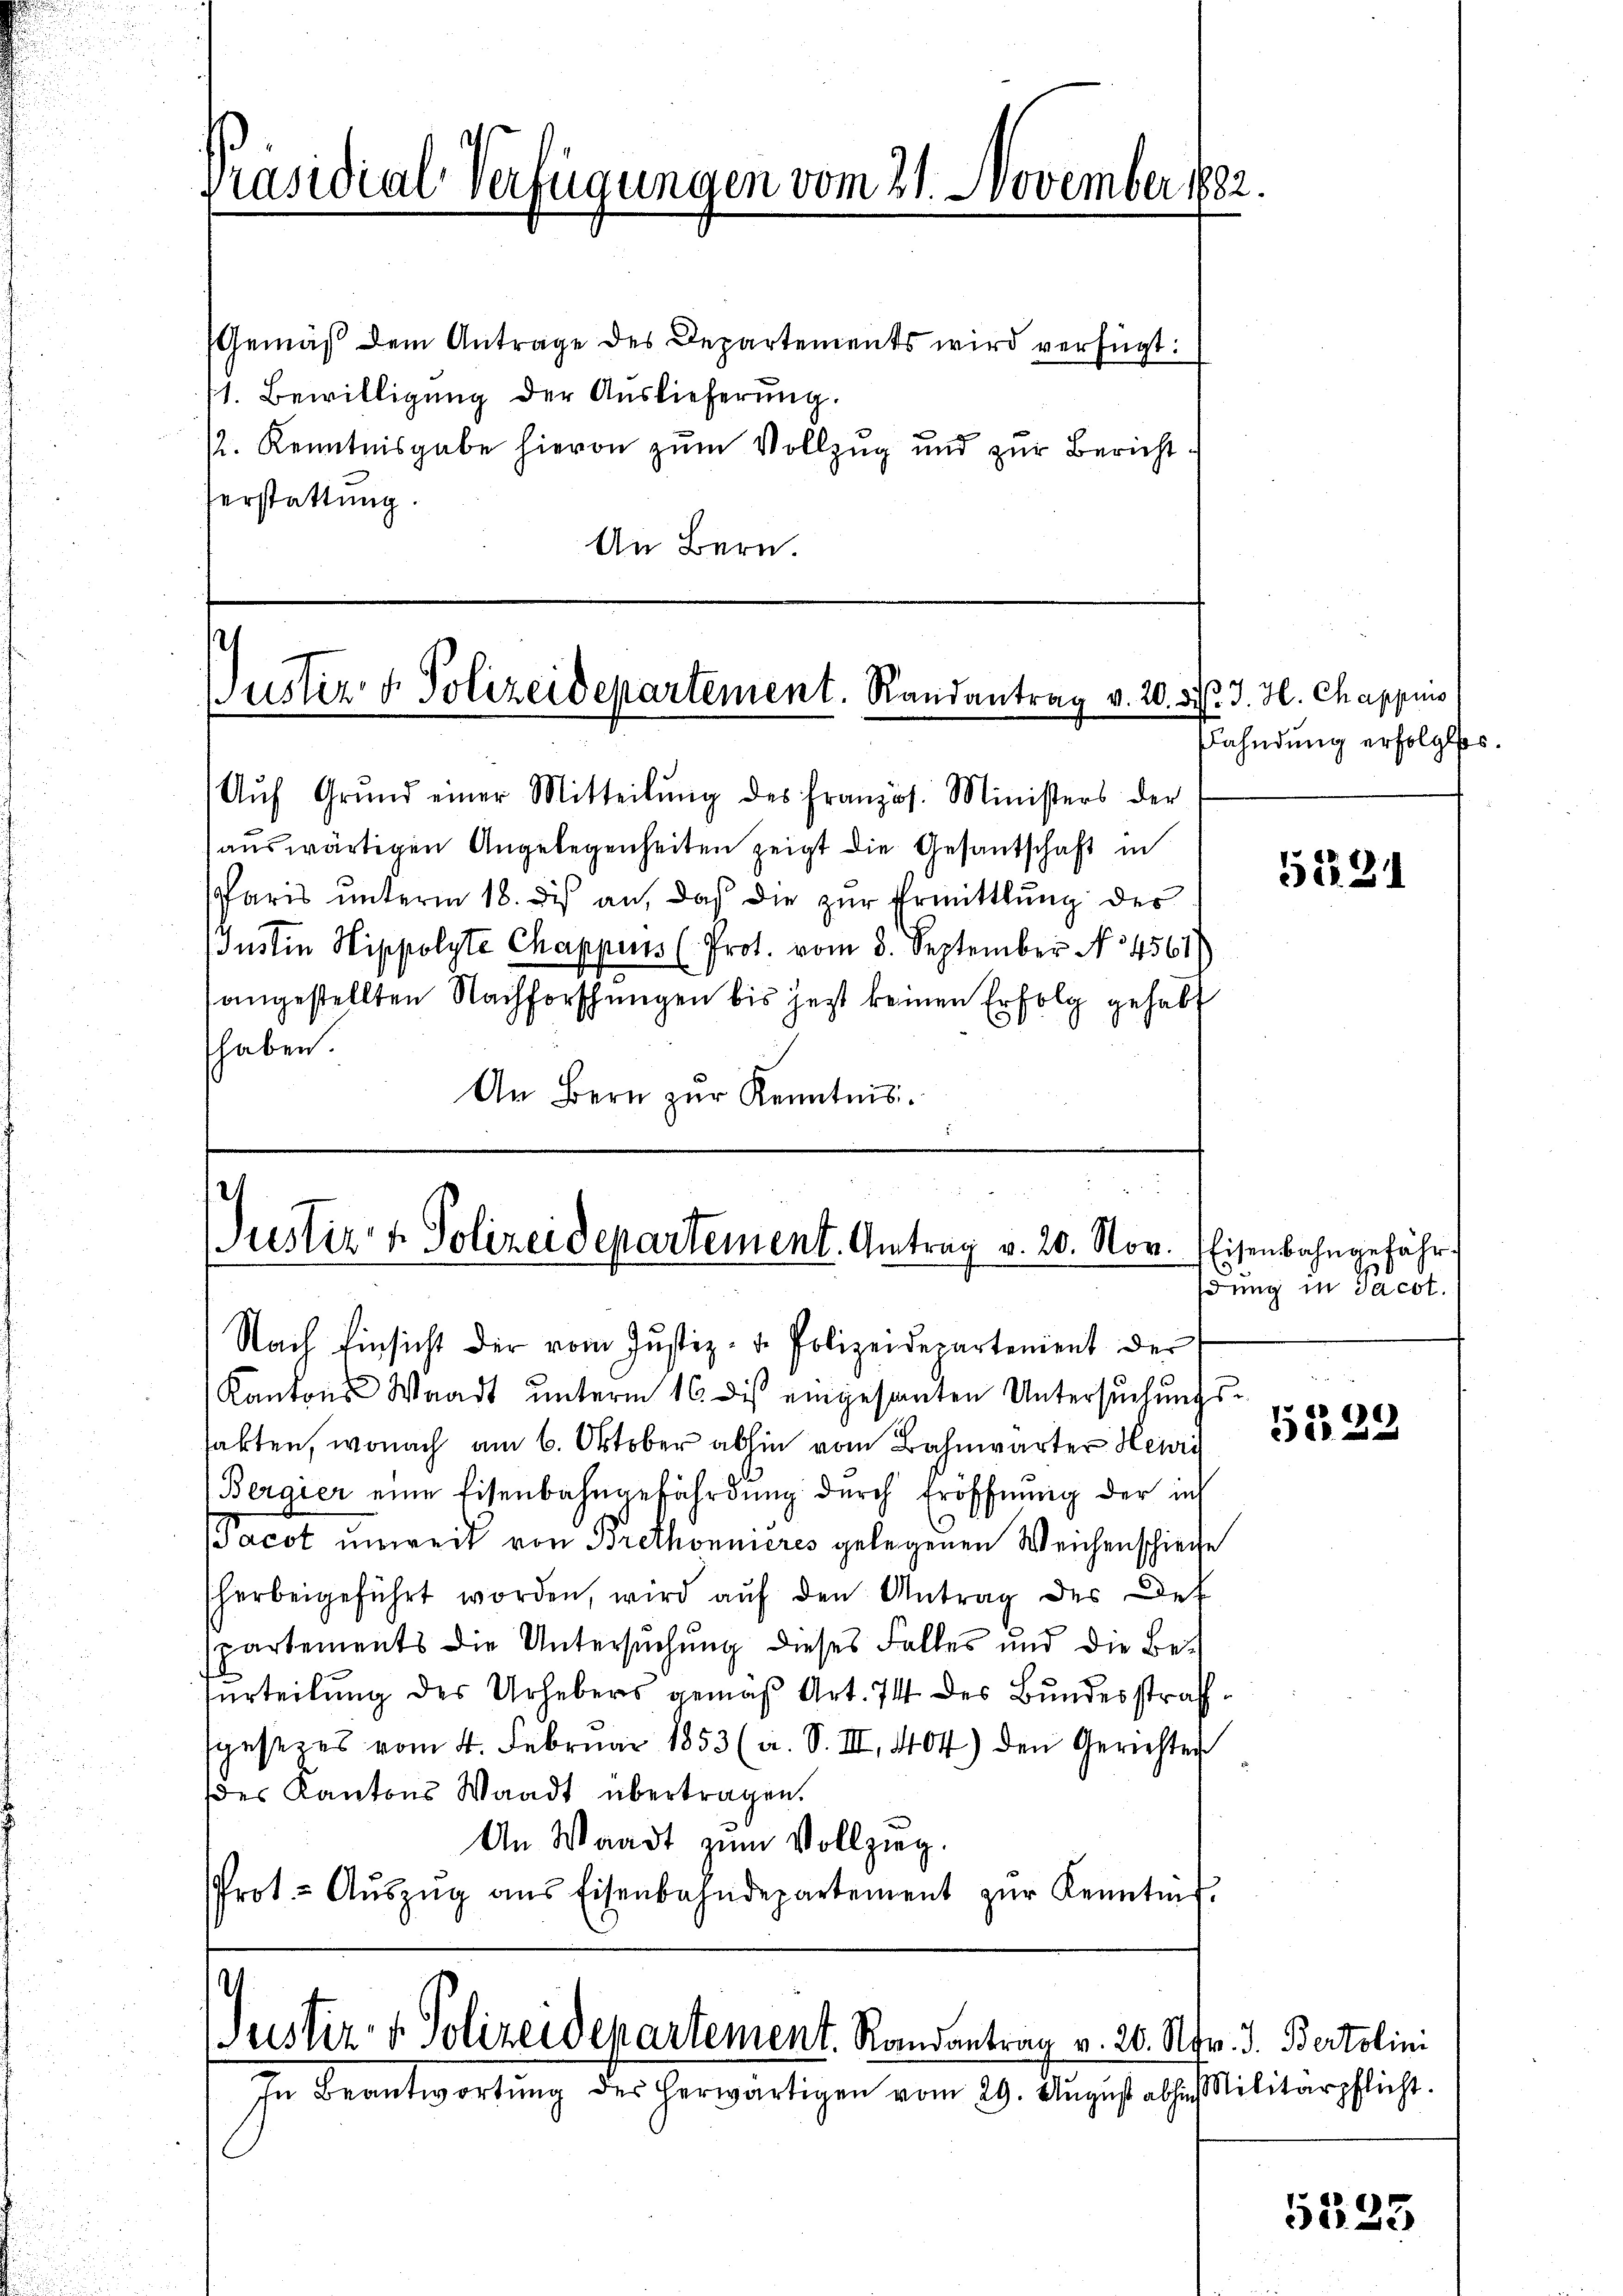
Präsidial-Verfügungen vom 21. November 1882.

Gemäß dem Antrage des Departements wird verfügt:
11. Bewilligung der Auslieferung.
/. Kenntnisgabe hievon zum Vollzug und zur Bericht
Verstattung
An Bern.

Justiz & Polizeidepartement. Randantrag v. 20. d. J. H. Chappiis

Aŭf Grŭnd einer Mitteilŭng des französ. Ministers der
auswärtigen Angelegenheiten zeigt die Gesantschaft in
Paris unterm 18. des an, daß die zur Ermittlung des
Justin Hippolyte Chappens (Prot. vom 3. September No 4561)
angestellten Nachforschungen bis jetzt keinen Erfolg gehabt
shaben.
An Bern zŭr Kenntnis.

s

2
Justiz & Polizeidepartement. Antrag v. 20. Nov. Eisenbahngefähr

Nach Einsicht der vom Justiz- u. Polizeidepartement der
Kantons Waadt unterm 16. dis eingesanten Untersuchungssakten, wonach am 6. Oktober abhin vom Bahnwärter Her
Bergier eine Eisenbahngefährdung durch Eröffnung der ich
acot unweit von Brethonnieres gelegenen Weichenschiede
herbeigeführt worden, wird aŭf den Antrag des Def
spartements die Untersuchung dieses Falles und die Besurteilung des Urhebers gemäß Art. 74 des Bundesstraf
spesezes vom 4. Februar 1853 (a. S. III. 404) den Gerichter
des Kantons Waadt übertragen.
An Waadt zum Vollzieg.
Prot.- Aŭszŭg aŭs Eisenbahndepartement zŭr Kenntnis.

t
Justiz- & Polizeidepartement. Randantrag v. 26. Nov. d. Bertolini
In Beantwortung des Horwärtigen vom 29. August als Militärpflicht.

Wahndung erfolglos.

5122

dung in Jacot.

)6)
 500 x

5523